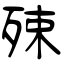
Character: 殐